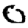
Digit: 0